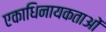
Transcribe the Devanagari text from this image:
एकाधिनायकताओं